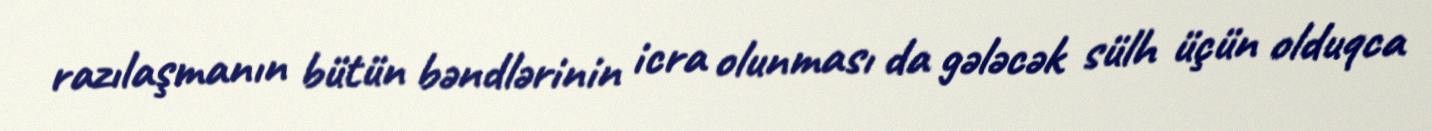
razılaşmanın bütün bəndlərinin icra olunması da gələcək sülh üçün olduqca